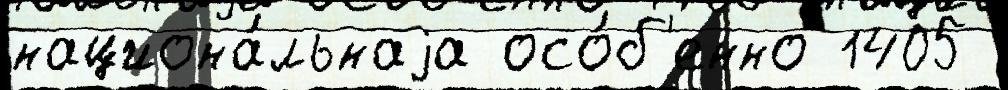
национа́льнаjа осо́б'енно 1405